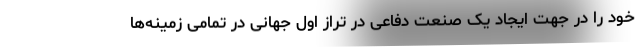
خود را در جهت ایجاد یک صنعت دفاعی در تراز اول جهانی در تمامی زمینه‌ها